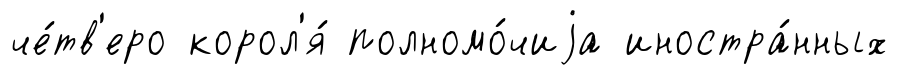
че́тв'еро корол'я́ полномо́чиjа иностра́нных